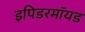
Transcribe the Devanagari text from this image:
इपिडरमॉयड